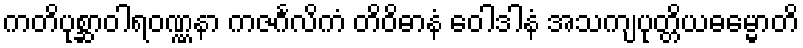
ကတိပုစ္ဆာဝါရဝဏ္ဏနာ ကဇင်္ဂလိကံ တိဝိဓာနံ ဝေါဒါနံ အသကျပုတ္တိယဓမ္မောတိ